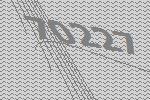
70227